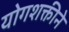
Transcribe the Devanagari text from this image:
योगशक्तीने